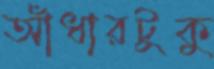
আঁধারটুকু